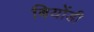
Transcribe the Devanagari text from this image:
बियोंडी